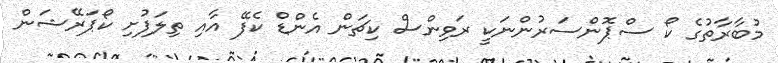
މުބާރާތުގެ ކޯ ސްޕޮންސަރުންނަކީ ރަވިންސް ކިޗަން އެންޑް ކެފޭ އާއި ތިލަފުށި ކޯޕަރޭޝަން